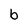
Character: b